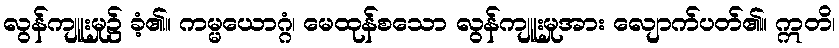
လွန်ကျူးမှု၌ ခံ့၏။ ကမ္မယောဂ္ဂံ၊ မေထုန်စသော လွန်ကျူးမှုအား လျောက်ပတ်၏။ ဣတိ၊